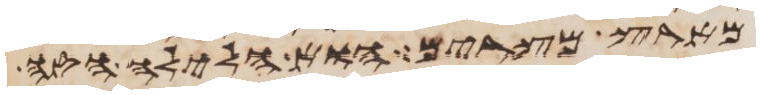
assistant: מארץ מצרים הוא הלילה הזה